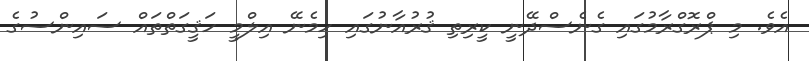
އެވެ. މި ޕްރޮގްރާމުގައި ގެނެސްދޭނީ ކީރިތި ޤުރުއާނުގައި ހިމެނޭ އިލްމީ ހަޤީގަތްތައް ސައިންސުގެ